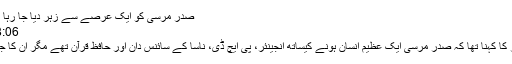
صدر مرسی کو ایک عرصے سے زہر دیا جا رہا تھا، ذکراللہ مجاہد - اسلام ٹائمز
Friday 21 Jun 2019 18:06
جماعت اسلامی لاہور کے امیر کا کہنا تھا کہ صدر مرسی ایک عظیم انسان ہونے کیساتھ انجینئر، پی ایچ ڈی، ناسا کے سائنس دان اور حافظ قرآن تھے مگر ان کا جرم ایک سچا مسلمان ہونا ٹھہرا۔